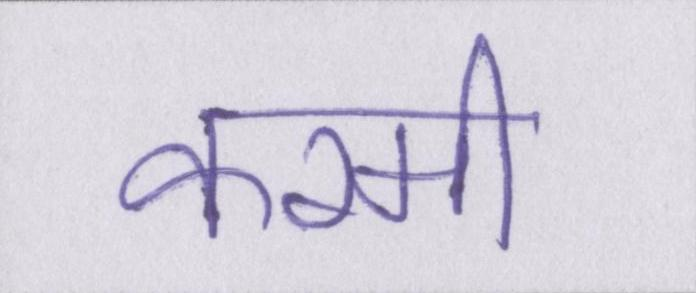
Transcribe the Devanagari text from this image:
करमी